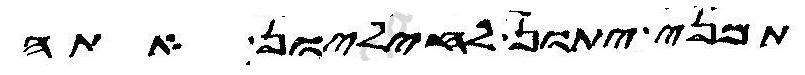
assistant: תמני יתון לחיליון אתה